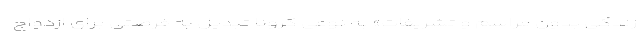
زندگی بدون مراسم و تشریفات» به نوعی کرونا تبدیل به فرصتی برای ازدواج